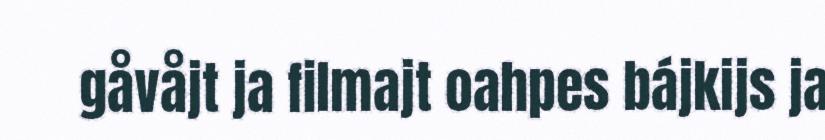
gåvåjt ja filmajt oahpes bájkijs ja